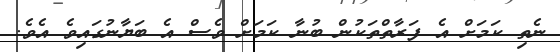
ނެތި ކަމަށް އެ ފަރާތްތަކުން ބުނާ ކަމަށް ވެސް އެ ބަޔާނުގައިވެ އެވެ.